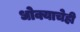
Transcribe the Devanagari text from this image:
धोक्याचेही